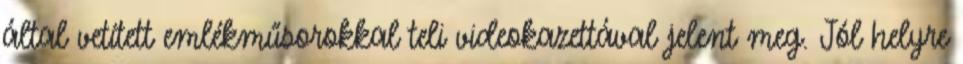
által vetített emlékműsorokkal teli videokazettával jelent meg. Jól helyre